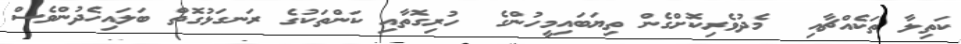
ކަތިލާ ތަކެއްޗާއި  މެދުވެރިކޮށްގެން ތިޔަބައިމީހުންގެ  ހުރިގޮތާއި ކަންތަކުގެ ރަނގަޅުގޮތް ބަލައިހެދުންވެސް